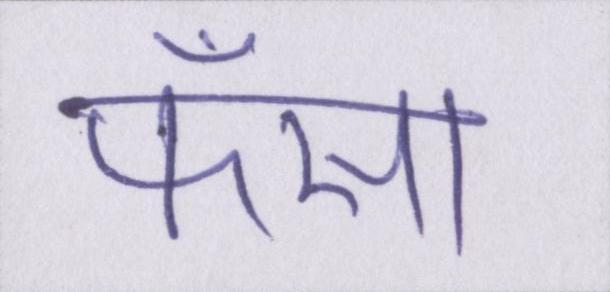
फँसा